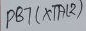
Text: PB7(XTAL2)